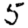
Digit: 5